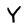
Character: Y